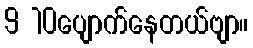
9 10ပျောက်နေတယ်ဗျာ။